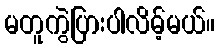
မတူကွဲပြားပါလိမ့်မယ်။